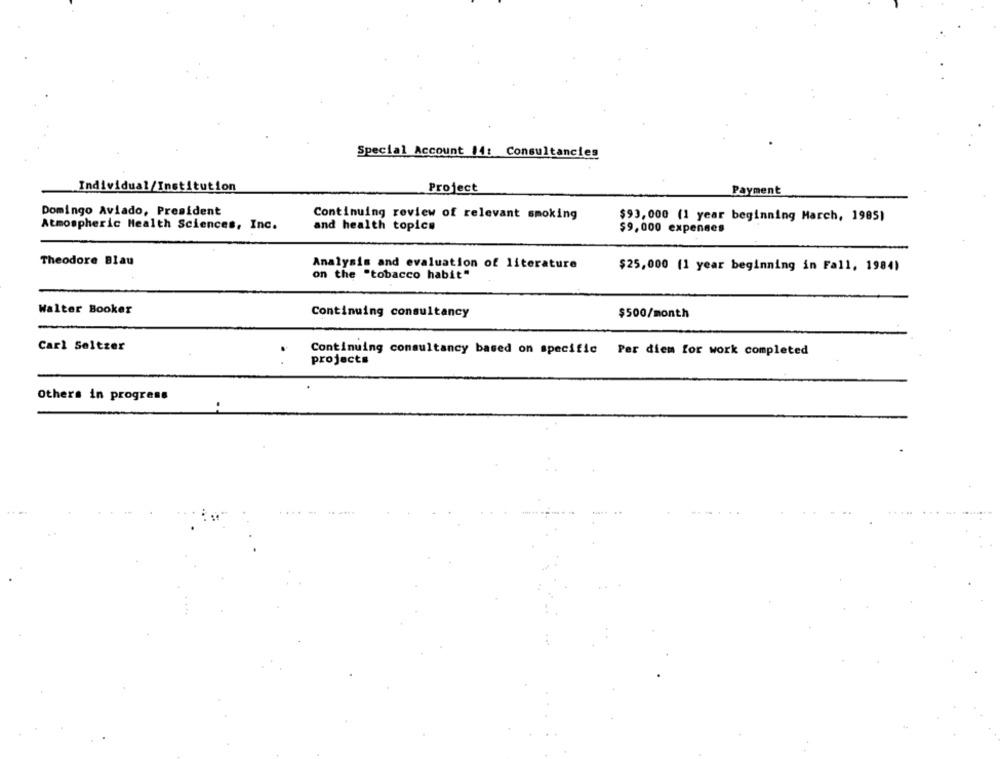
Special Account 14: Consultancies
Individual/Institution
Project
Payment
Domingo Aviado, President
Continuing review of relevant smoking
$93,000 (1 year beginning March, 1985)
Atmospheric Health Sciences, Inc.
and health topics
$9,000 expenses
Theodore Blau
Analysis and evaluation of literature
$25,000 (1 year beginning in Fall, 1984)
on the "tobacco habit"
Walter Booker
Continuing consultancy
$500/month
Carl Seltzer
Continuing consultancy based on specific Per diem for work completed
projects
Others in progress